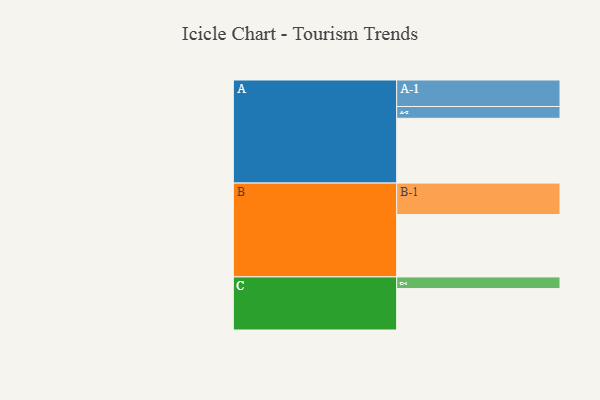
{"axis": {"x": "Segment", "y": "Value"}, "legend": ["", "A", "B", "C"], "data": [{"x": "A", "y": 587, "type": ""}, {"x": "B", "y": 565, "type": ""}, {"x": "C", "y": 375, "type": ""}, {"x": "A-1", "y": 240, "type": "A"}, {"x": "A-2", "y": 107, "type": "A"}, {"x": "B-1", "y": 285, "type": "B"}, {"x": "C-1", "y": 106, "type": "C"}]}